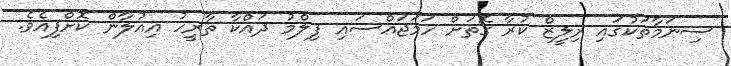
ސިނަމާތަކުގައި ރިލީޒް ކުރާ ގޮތަށް ހަމަޖައްސައި ފިލްމު ދައްކާ ތާރީހު އިއުލާން ކޮށްފިއެވެ.